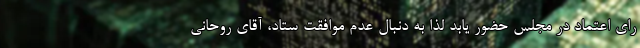
رای اعتماد در مجلس حضور یابد لذا به دنبال عدم موافقت ستاد، آقای روحانی